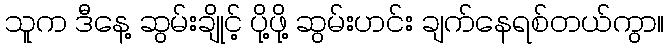
သူက ဒီနေ့ ဆွမ်းချိုင့် ပို့ဖို့ ဆွမ်းဟင်း ချက်နေရစ်တယ်ကွာ။